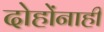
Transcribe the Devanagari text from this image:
दोहोंनाही